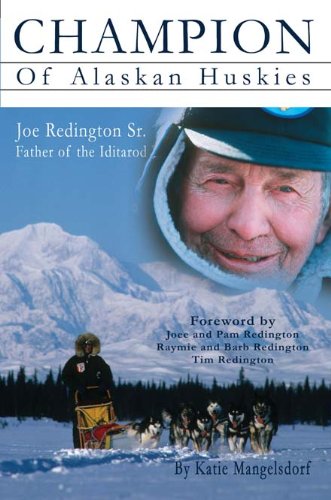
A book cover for Champion of Alaskan Huskie - Joe Redington Sr. Father of the Iditarod; Katie Mangelsdorf; Sports & Outdoors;